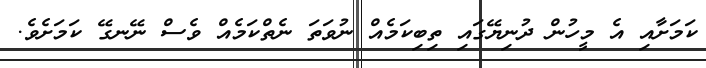
ކަމަށާއި އެ މީހުން ދުނިޔޭގައި ތިބިކަމެއް ނުވަތަ ނެތްކަމެއް ވެސް ނޭނގޭ ކަމަށެވެ.